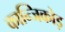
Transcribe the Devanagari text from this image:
कान्जिकोड़